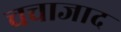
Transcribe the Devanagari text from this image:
चचाजाद